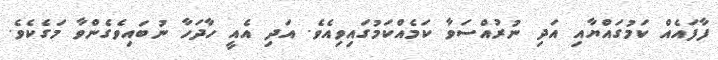
ފާފައެއް ކަމުގައްޔާއި އަދި ނުރުއްސަވާ ކަމެއްކަމުގައިވިއެވެ. އަދި އެއީ ހާދަހާ ނުބައިވެގެންވާ މަގެކެވެ.